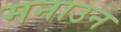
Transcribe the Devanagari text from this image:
मनाउन